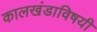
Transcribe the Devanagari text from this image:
कालखंडाविषयी